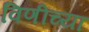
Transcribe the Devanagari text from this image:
विणींच्या